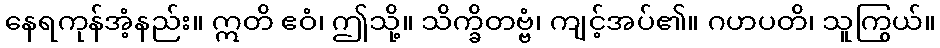
နေရကုန်အံ့နည်း။ ဣတိ ဧဝံ၊ ဤသို့။ သိက္ခိတဗ္ဗံ၊ ကျင့်အပ်၏။ ဂဟပတိ၊ သူကြွယ်။